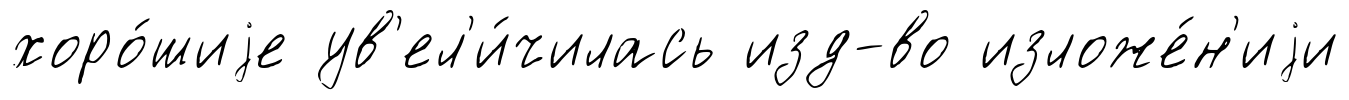
хоро́шиjе ув'ел'и́чилась изд-во изложе́н'иjи